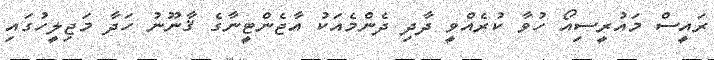
ރައީސް މައުރީސިއޯ ހުވާ ކުރެއްވީ ދާދި ދެންމެއަކު އާޖެންޓީނާގެ ޤާނޫނު ހަދާ މަޖިލީހުގައި